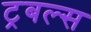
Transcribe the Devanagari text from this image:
ट्रबल्स